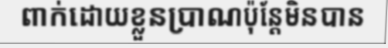
ពាក់ដោយខ្លួនប្រាណប៉ុន្តែមិនបាន